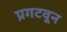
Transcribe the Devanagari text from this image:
प्रगटवून